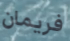
فريمان